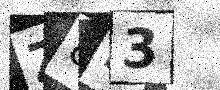
Text: Z8M3